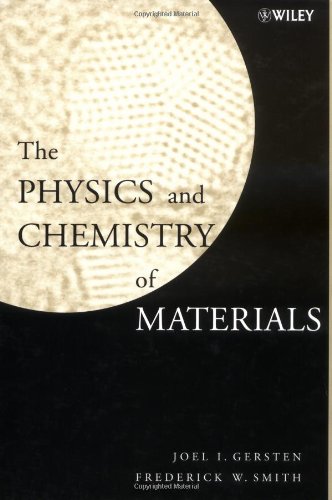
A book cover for The Physics and Chemistry of Materials; Joel I. Gersten; Science & Math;